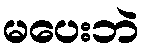
မပေးဘဲ